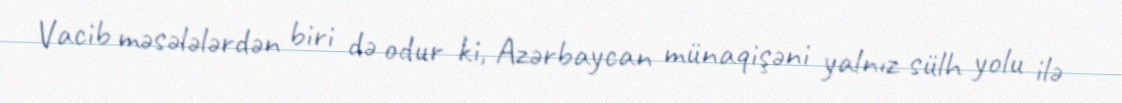
Vacib məsələlərdən biri də odur ki, Azərbaycan münaqişəni yalnız sülh yolu ilə